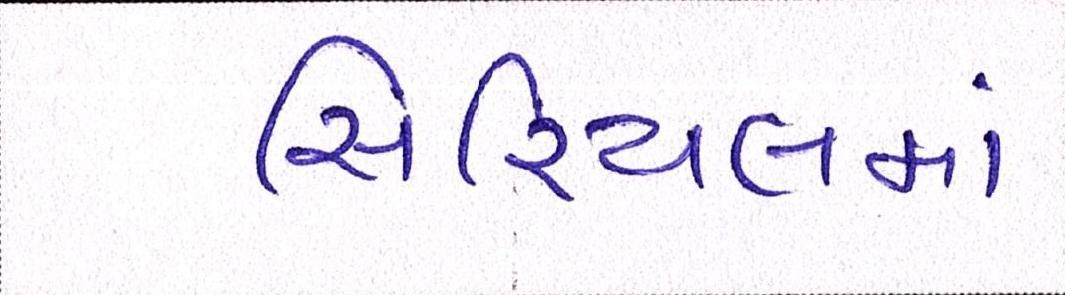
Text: સિરિયલમાં